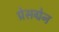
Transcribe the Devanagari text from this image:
प्रेसग्रेन